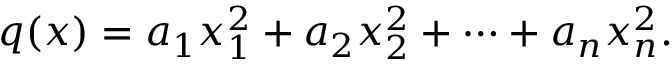
q ( x ) = a _ { 1 } x _ { 1 } ^ { 2 } + a _ { 2 } x _ { 2 } ^ { 2 } + \cdots + a _ { n } x _ { n } ^ { 2 } .